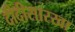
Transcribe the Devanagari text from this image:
दीदीसारखा